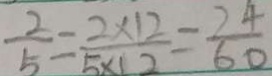
\frac { 2 } { 5 } = \frac { 2 \times 1 2 } { 5 \times 1 2 } = \frac { 2 4 } { 6 0 }